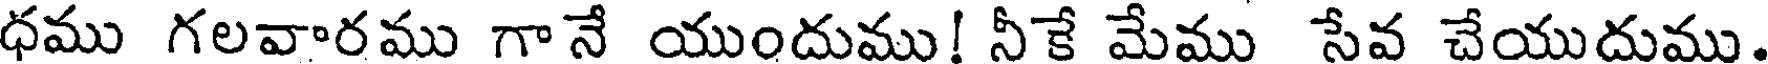
ధము గలవారము గానే యుందుము! నీకే మేము సేవ చేయుదుము.